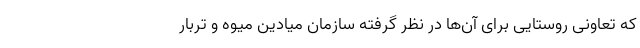
که تعاونی روستایی برای آن‌ها در نظر گرفته سازمان میادین میوه و تربار